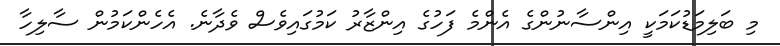
މި ބަލިމަޑުކަމަކީ އިންސާނުންގެ އެންމެ ފަހުގެ އިންޒާރު ކަމުގައިވެސް ވެދާނެ. އެހެންކަމުން ސާލިހާ